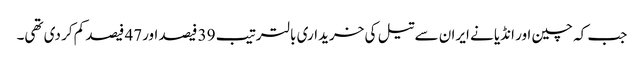
جب کہ چین اور انڈیا نے ایران سے تیل کی خریداری بالترتیب 39 فیصد اور47 فیصد کم کر دی تھی۔